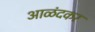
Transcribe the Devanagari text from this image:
आळंदकर